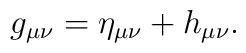
g_{\mu\nu} = \eta_{\mu\nu} + h_{\mu\nu}.